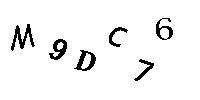
M9DC76